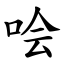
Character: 哙